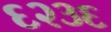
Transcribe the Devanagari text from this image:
६२३६